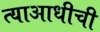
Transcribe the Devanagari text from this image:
त्याआधीची